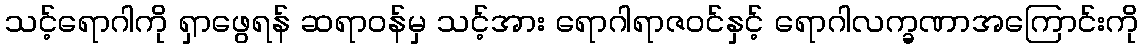
သင့်ရောဂါကို ရှာဖွေရန် ဆရာဝန်မှ သင့်အား ရောဂါရာဇဝင်နှင့် ရောဂါလက္ခဏာအကြောင်းကို